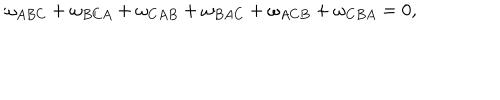
LaTeX: \omega _ { A B C } + \omega _ { B C A } + \omega _ { C A B } + \omega _ { B A C } + \omega _ { A C B } + \omega _ { C B A } = 0 ,